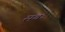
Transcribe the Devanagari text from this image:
सवः